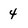
Character: 4